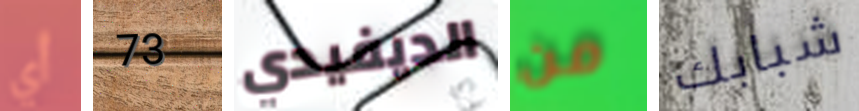
أي 73 الديفيدي من شبابك